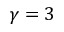
\gamma = 3